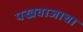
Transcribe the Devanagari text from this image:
पखवाजाचा